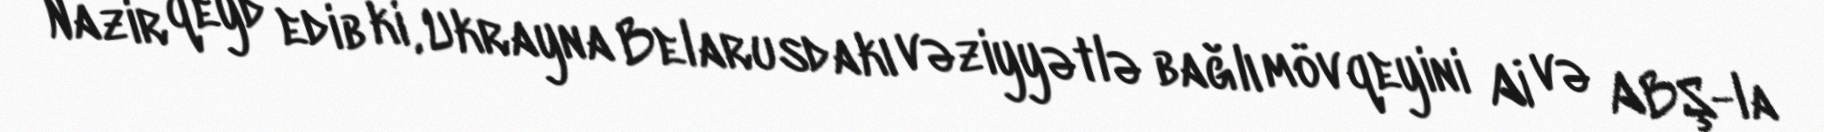
Nazir qeyd edib ki, Ukrayna Belarusdakı vəziyyətlə bağlı mövqeyini Aİ və ABŞ-la